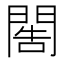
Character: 𨴬